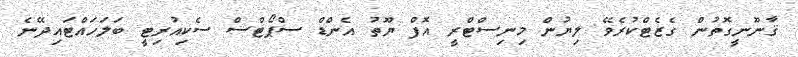
ޤާނޫނީގޮތުން ގެޒެޓްކުރެވޭ ލިޔުން މިނިސްޓްރީ އޮފް ޔޫތު އެންޑް ސްޕޯޓްސް ސެކިއުރިޓީ ބަލަހައްޓައިދޭނެ